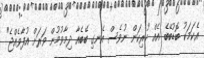
އެކަމަކު ބޮޑުބޭބެ އެއް ހުރިކަން ނުވެސް އެނގި ބޭބެއާ ދިމާވުމުން ވަރަށް އުފާވެއްޖެ"